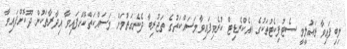
ލިބިފައިވާ ތައުލީމީ ސެޓުފިކެޓުތަކުގެ (އެކްރެޑިޓް ކުރެވިފައިވާމަސައްކަތުގެ ތަޖުރިބާ ދެނެގަތުމަށް މަސައްކަތްކޮށްފައިވާ އިދާރާތަކުން ދޫކޮށްފައިވާ